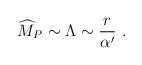
LaTeX: \begin{align*}{\widehat M}_P\sim \Lambda\sim {r\over\alpha^\prime}~.\end{align*}